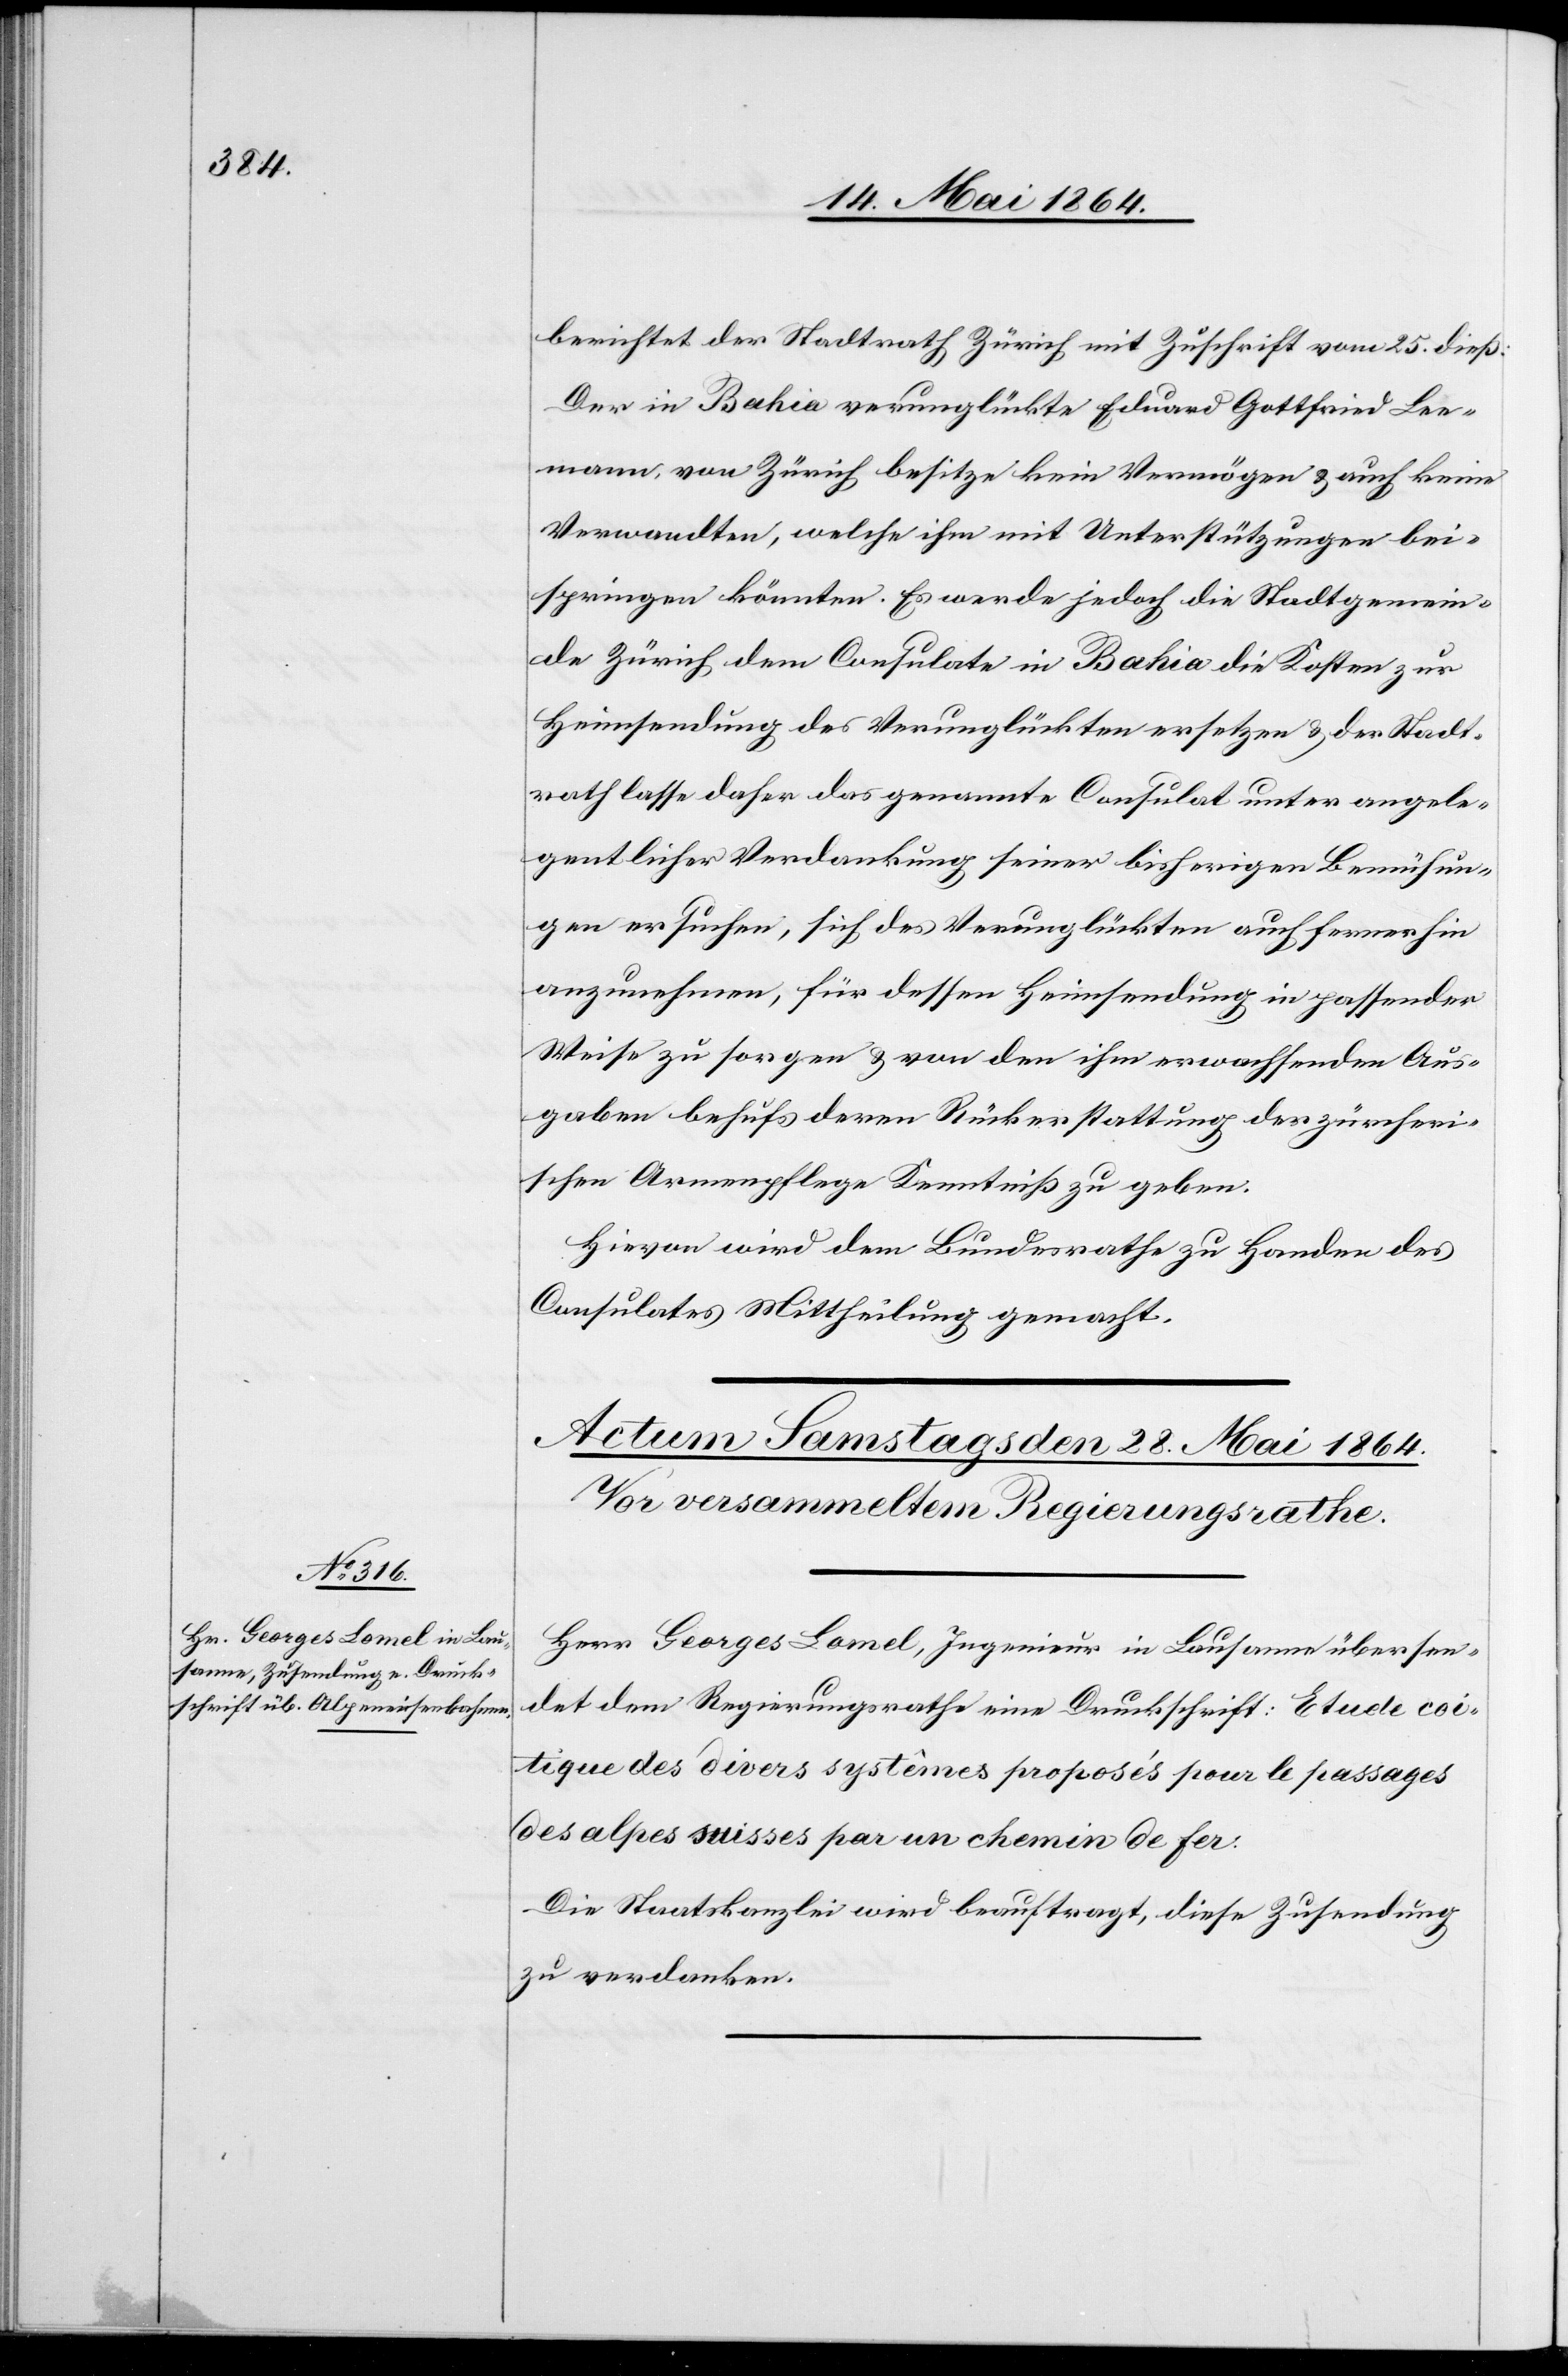
berichtet der Stadtrath Zürich mit Zuschrift vom 25. dieß:
Der in Bahia verunglückte Eduard Gottfried Lee¬
mann, von Zürich besitze kein Vermögen u. auch keine
Verwandten, welche ihm mit Unterstützungen bei¬
springen könnten. Es werde jedoch die Stadtgemein¬
de Zürich dem Consulate in Bahia die Kosten zur
Heimsendung des Verunglückten ersetzen u. der Stadt¬
rath lasse daher das genannte Consulat unter angele¬
gentlicher Verdankung seiner bisherigen Bemühun¬
gen ersuchen, sich des Verunglückten auch ferner hin
anzunehmen, für dessen Heimsendung in passender
Weise zu sorgen u. von den ihm erwachsenden Aus¬
gaben behufs deren Rückerstattung der zürcheri¬
schen Armenpflege Kenntniß zu geben.
Hievon wird dem Bundesrathe zu Handen des
Consulates Mittheilung gemacht.
Herr Georges Lomel, Ingenieur in Lausanne übersen¬
det dem Regierungsrathe eine Druckschrift: Etude co¬
tique des divers systêmes proposés pour le passages
des alpes suisses par un chemin de fer.
Die Staatskanzlei wird beauftragt, diese Zusendung
zu verdanken.